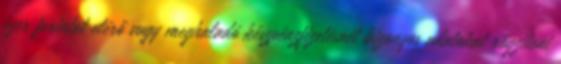
ezer forintot elérő vagy meghaladó készpénzfizetésnél bizonyos adatokat rögzíteni